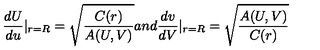
\frac { d U } { d u } | _ { r = R } = \sqrt { \frac { C ( r ) } { A ( U , V ) } } a n d \frac { d v } { d V } | _ { r = R } = \sqrt { \frac { A ( U , V ) } { C ( r ) } }